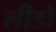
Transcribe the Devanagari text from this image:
लीडो